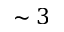
\sim 3